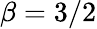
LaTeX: \beta=3/2